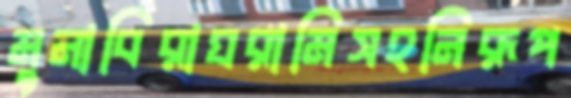
মুনাবিরাঘরামিসহনিরূপ